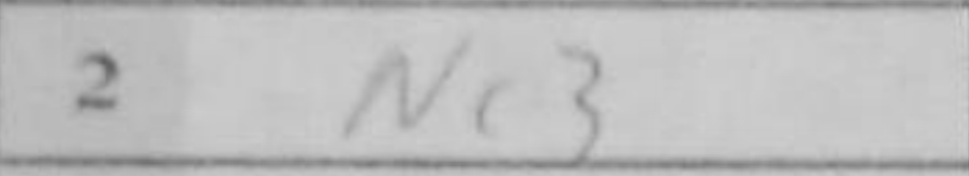
Transcription: Nc3